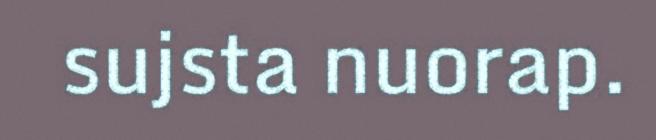
sujsta nuorap.